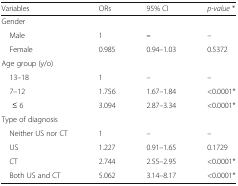
<table><thead><tr><td><b>Variables</b></td><td><b>ORs</b></td><td><b>95% CI</b></td><td><b><i>p-value</i> *</b></td></tr></thead><tbody><tr><td colspan="4">Gender</td></tr><tr><td> Male</td><td>1</td><td><b>–</b></td><td><i>–</i></td></tr><tr><td> Female</td><td>0.985</td><td>0.94–1.03</td><td>0.5372</td></tr><tr><td colspan="4">Age group (y/o)</td></tr><tr><td> 13–18</td><td>1</td><td>–</td><td>–</td></tr><tr><td> 7–12</td><td>1.756</td><td>1.67–1.84</td><td>&lt;0.0001*</td></tr><tr><td>≤ 6</td><td>3.094</td><td>2.87–3.34</td><td>&lt;0.0001*</td></tr><tr><td colspan="4">Type of diagnosis</td></tr><tr><td> Neither US nor CT</td><td>1</td><td>–</td><td>–</td></tr><tr><td> US</td><td>1.227</td><td>0.91–1.65</td><td>0.1729</td></tr><tr><td> CT</td><td>2.744</td><td>2.55–2.95</td><td>&lt;0.0001*</td></tr><tr><td> Both US and CT</td><td>5.062</td><td>3.14–8.17</td><td>&lt;0.0001*</td></tr></tbody></table>